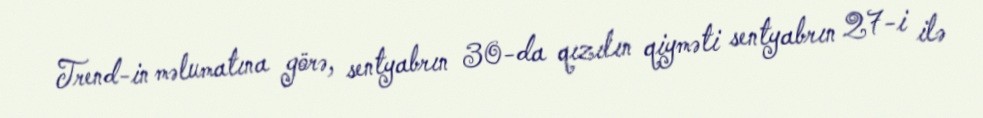
Trend-in məlumatına görə, sentyabrın 30-da qızılın qiyməti sentyabrın 27-i ilə